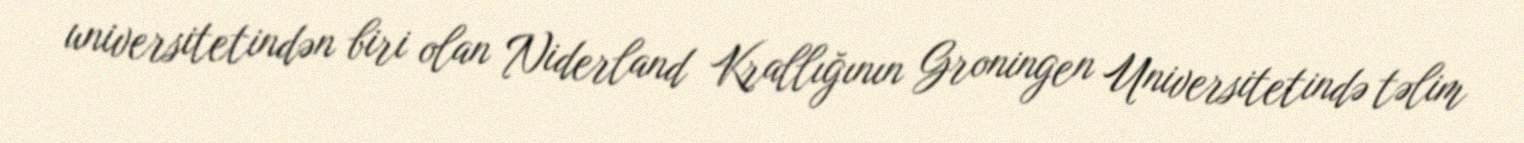
universitetindən biri olan Niderland Krallığının Groningen Universitetində təlim